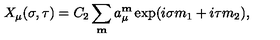
X _ { \mu } ( \sigma , \tau ) = C _ { 2 } \sum _ { \bf m } a _ { \mu } ^ { \bf m } \exp ( i \sigma m _ { 1 } + i \tau m _ { 2 } ) ,